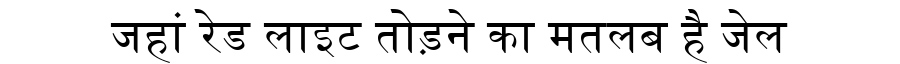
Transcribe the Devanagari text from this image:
जहां रेड लाइट तोड़ने का मतलब है जेल